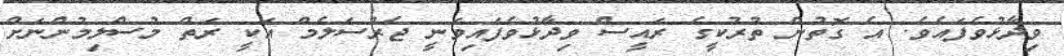
ވިދާޅުވެފައެވެ. އެ ގޮތުން ތުރުކީގެ ރައީސް ވިދާޅުވެފައިވަނީ ޖެރުސަލެމް އަކީ ރަތް މުސްލިމުންނަށް